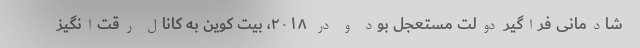
شادمانی فراگیر دولت مستعجل بود و در ۲۰۱۸، بیت کوین به کانال رقت‌انگیز